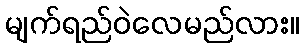
မျက်ရည်ဝဲလေမည်လား။